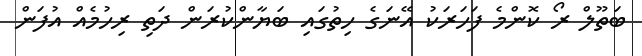
ބަތޫލް ރޯ ކޮންމެ ފަހަރަކު އޭނަގެ ހިތުގައި ބަޔާންކުރަން ދަތި ރިހުމެއް އުފަން